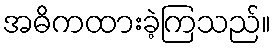
အဓိကထားခဲ့ကြသည်။